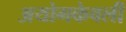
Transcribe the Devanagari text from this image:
अयोगकेवली